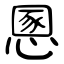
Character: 慁